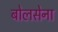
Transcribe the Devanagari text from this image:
बोलसेना